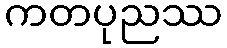
ကတပုညဿ